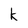
Character: k